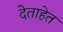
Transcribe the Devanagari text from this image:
देताहेत